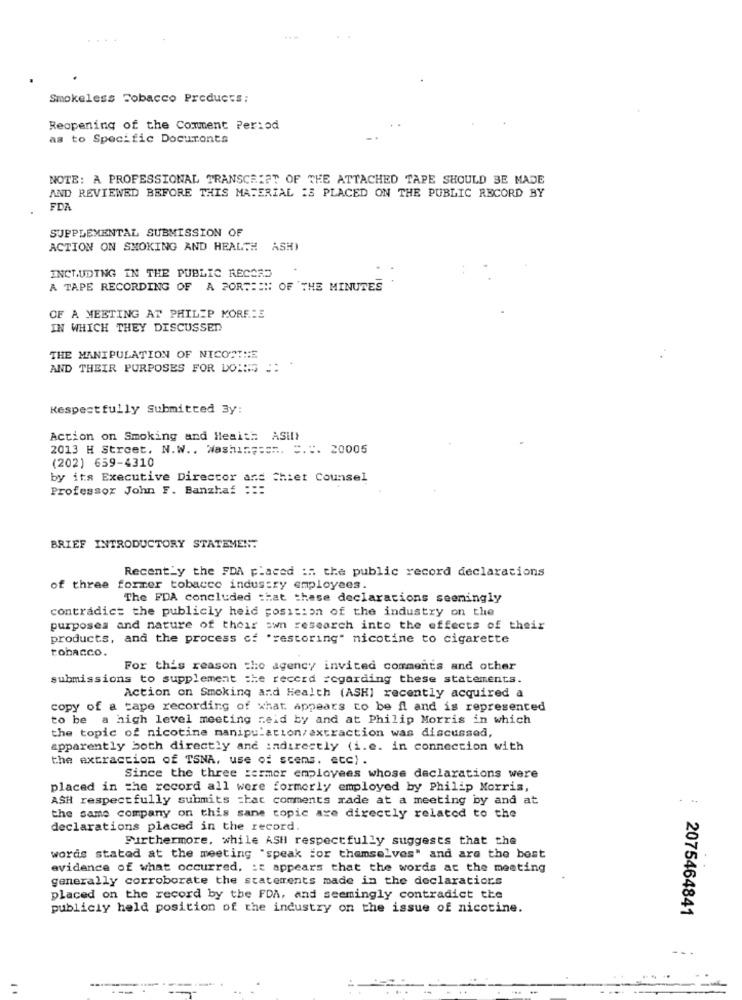
Smokeless Tobacco Products;
Reopening of the Comment Period
as to Specific Docuronts
NOTE: A PROFESSIONAL TRANSCRIPT OF THE ATTACHED TAPE SHOULD BE MADE
AND REVIEWED BEFORE THIS MATERIAL IS PLACED ON THE PUBLIC RECORD BY
FDA
SUPPLEMENTAL SUBMISSION OF
ACTION ON SMOKING AND HEALTH ASH)
INCLUDING IN THE PUBLIC RECORD
A TAPE RECORDING OF A POR ::::: OF THE MINUTES
OF A MEETING AT PHILIP MORE:E
IN WHICH THEY DISCUSSED
THE MANIPULATION OF NICOSTHE
AND THEIR PURPOSES FOR DOING ": "
Respectfully Submitted 3y:
Action on Smoking and Health ASII}
2013 H Street, N.W .. Washi =====. =.:. 20005
(202) 659-4310
by its Executive Director ans
Chiet Counsel
Professor John F. Banzhaf
BRIEF INTRODUCTORY STATEMENT
Recently the FDA placed ::. the public record declarations
of three former tobacco industry employees.
The FDA concluded that these declarations seemingly
contradict the publicly heid position of the industry on the
purposes and nature of their own research into the effects of their
products, and the process of 'restoring" nicotine to cigarette
tobacco.
For this reason the agency invited comments and other
submissions to supplement =he record :cgarding these statements.
Action on Smoking and Health (ASHI recently acquired a
copy of a tape recording of what appears to be fl and is represented
to be a high level meeting neid by and at Philip Morris in which
the topic of nicotine manipulation/extraction was discussed,
apparently both directly and indirectly (i.e. in connection with
the extraction of TSNA, use of scens. etc) .
Since the three zermer employees whose declarations were
placed in the record all were formerly employed by Philip Morris,
ASH respectfully submits =bac comments made at a meeting by and at
the same company on this sane topic axe directly related to the
declarations placed in the record.
Furthermore, while ASH respectfully suggests that the
words stated at the meeting "speak for themselves" and are the best
evidence of what occurred, : t appears that the words at the meeting
generally corroborate the statements made in the declaration.s
placed on the record by the FDA, and seemingly contradict the
publicly held position of the industry on the issue of nicotine.
2075464841
..